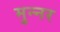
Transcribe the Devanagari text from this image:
मुन्नर